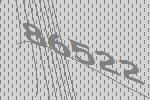
86522